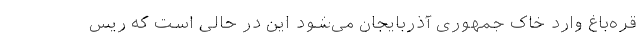
قره‌باغ وارد خاک جمهوری آذربایجان می‌شود این در حالی است که ریس‌